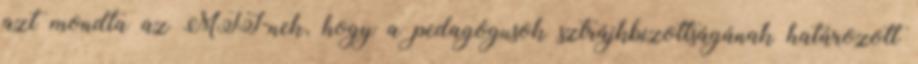
azt mondta az MTI-nek, hogy a pedagógusok sztrájkbizottságának határozott